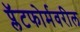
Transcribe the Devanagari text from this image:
प्लॅटफोर्मवरील